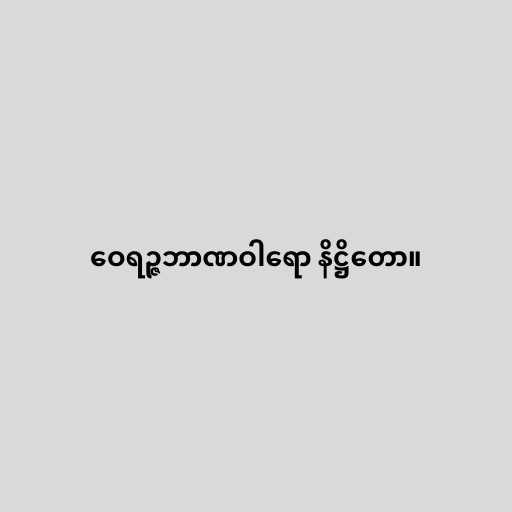
ဝေရဉ္ဇဘာဏဝါရော နိဋ္ဌိတော။